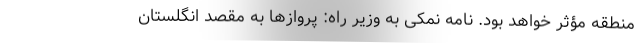
منطقه مؤثر خواهد بود. نامه نمکی به وزیر راه: پروازها به مقصد انگلستان